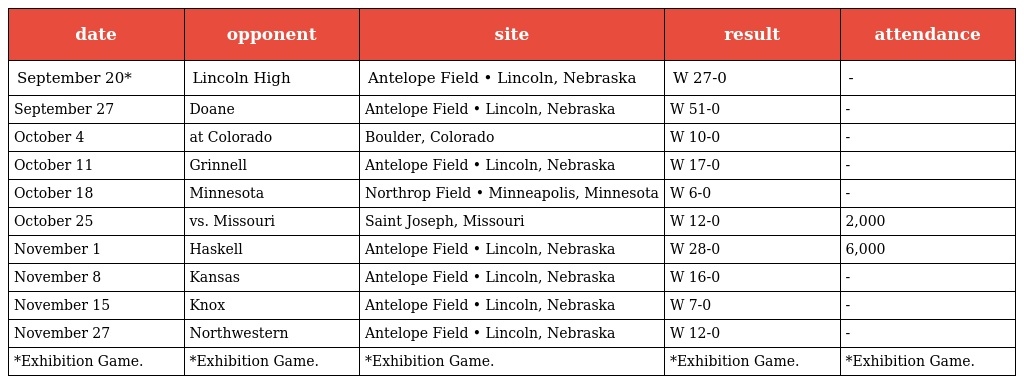
| date | opponent | site | result | attendance |
 | --- | --- | --- | --- | --- |
 | September 20* | Lincoln High | Antelope Field • Lincoln, Nebraska | W 27-0 | - |
 | September 27 | Doane | Antelope Field • Lincoln, Nebraska | W 51-0 | - |
 | October 4 | at Colorado | Boulder, Colorado | W 10-0 | - |
 | October 11 | Grinnell | Antelope Field • Lincoln, Nebraska | W 17-0 | - |
 | October 18 | Minnesota | Northrop Field • Minneapolis, Minnesota | W 6-0 | - |
 | October 25 | vs. Missouri | Saint Joseph, Missouri | W 12-0 | 2,000 |
 | November 1 | Haskell | Antelope Field • Lincoln, Nebraska | W 28-0 | 6,000 |
 | November 8 | Kansas | Antelope Field • Lincoln, Nebraska | W 16-0 | - |
 | November 15 | Knox | Antelope Field • Lincoln, Nebraska | W 7-0 | - |
 | November 27 | Northwestern | Antelope Field • Lincoln, Nebraska | W 12-0 | - |
 | *Exhibition Game. | *Exhibition Game. | *Exhibition Game. | *Exhibition Game. | *Exhibition Game. |